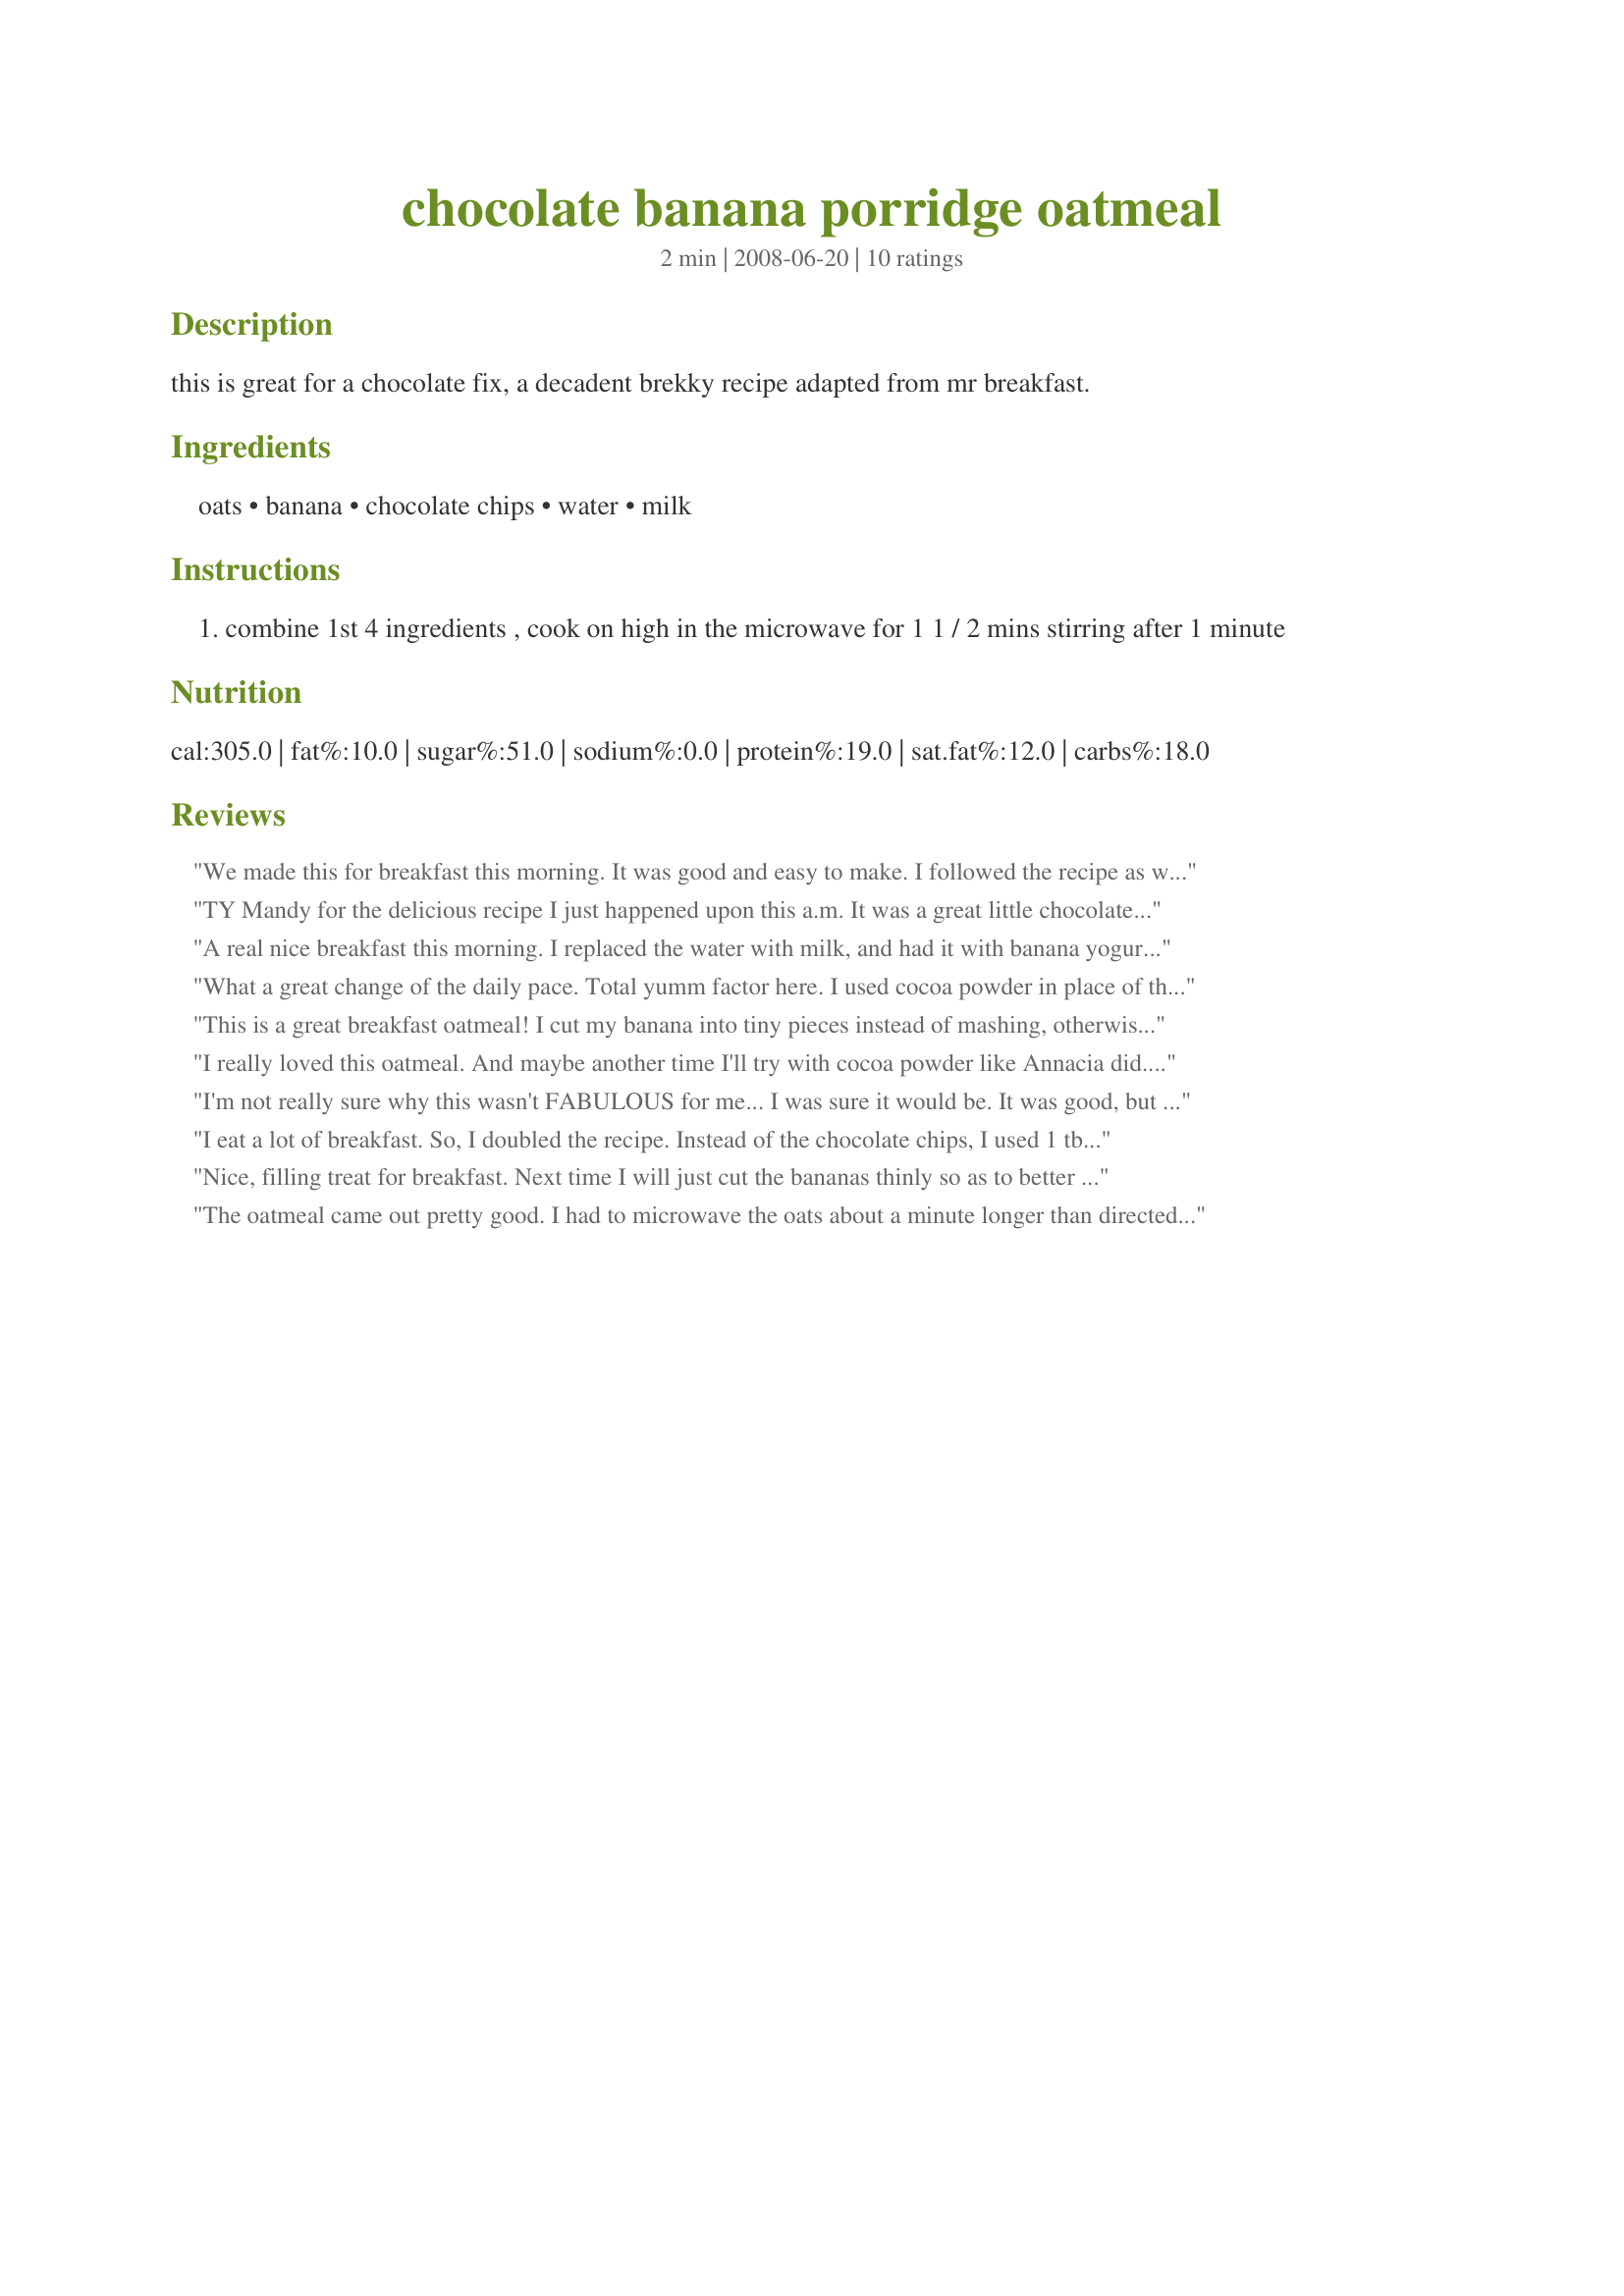
chocolate banana porridge oatmeal
Preparation time: 2 minutes

this is great for a chocolate fix, a decadent brekky recipe adapted from mr breakfast.

Ingredients:
oats, banana, chocolate chips, water, milk

Steps:
combine 1st 4 ingredients , cook on high in the microwave for 1 1 / 2 mins stirring after 1 minute

Reviews:
We made this for breakfast this morning. It was good and easy to make. I followed the recipe as written other then I used milk instead of water (personal preference). We also had to add a bit more milk at the end to thin it out a bit.
TY Mandy for the delicious recipe I just happened upon this a.m. It was a great little chocolate fix like you mentioned but not that sweet for a morning brekky. I love the added banana part too. I used both part water and part skim milk for the liquid. Thanks for posting this keeper~!
A real nice breakfast this morning. I replaced the water with milk, and had it with banana yogurt. A nice quick making breakfast.
What a great change of the daily pace. Total yumm factor here. I used cocoa powder in place of the chips only to trim the sugar. If this won't get the kids to eat their oatmeal trade them in because they are defective! *wink*. Thanks Mandy :D
This is a great breakfast oatmeal! I cut my banana into tiny pieces instead of mashing, otherwise made as directed. Surprisingly, this was not overly sweet - it was just right. I served mine with a little milk and really enjoyed - thanks for sharing your recipe!
I really loved this oatmeal. And maybe another time I'll try with cocoa powder like Annacia did. I added milk at the end. Thanks Mandy. Made for Beverage tag.
I'm not really sure why this wasn't FABULOUS for me... I was sure it would be. It was good, but something tasted "off." Maybe it's because I used a banana that had been frozen. I used sugar-free chocolate chips, and I added two packets of Splenda after microwaving because there was not much sweetness -- which is also strange!! Thanks for posting.
I eat a lot of breakfast. So, I doubled the recipe. Instead of the chocolate chips, I used 1 tbsp of cocoa powder and 2 tbsp of sugar. This was a very very good variation on oatmeal. Next time I make it, I'll scale back to 1 tbsp of sugar due to the banana.
Nice, filling treat for breakfast. Next time I will just cut the bananas thinly so as to better preserve the true banana flavor. I added a 1/2 T of half & half at the end to thin it out a bit. UPDATE: I made this again today and cut the banana into small pieces instead of mashing it and I really loved it that way. I used mini chocolate chips which melted nicely. Thanks for sharing. Great breakfast this morning!
The oatmeal came out pretty good. I had to microwave the oats about a minute longer than directed to get it to the consistency I liked, but other than that they came out nicely. Next time I plan on trying fewer chips with a little sugar, and maybe using milk instead of water.
